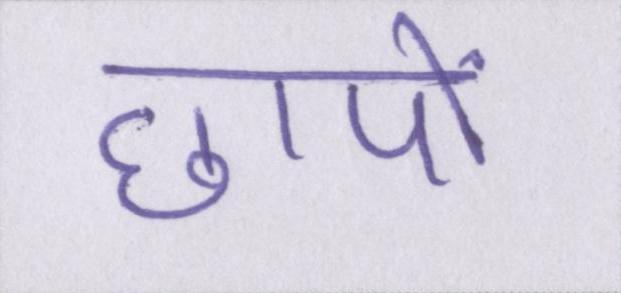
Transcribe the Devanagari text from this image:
छापों